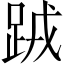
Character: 𨀻